Punjab Mental Hospital Lahore 1932-46 - 1932-1946
Year: 1932
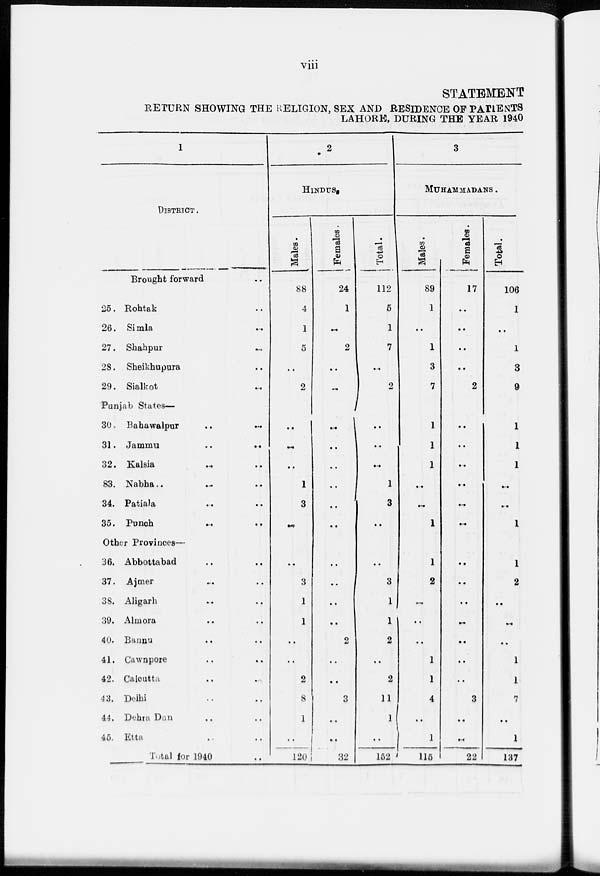
viii
STATEMENT
RETURN SHOWING THE RELIGION, SEX AND RESIDENCE OF PATIENTS
LAHORE, DURING THE YEAR 1940
1
DISTRICT .
Brought forward
25. Rohtak
26. Simla
27. Shahpur
28. Sheikhupura
29. Sialkot
Punjab States—
30
Bahawalpur
31. Jammu
32. Kalsia
83. Nabha..
34. Patiala
35. Punch
Other Provinces—
36. Abbottabad
37. Ajmer
38. Aligarh
39. Almora
40. Bannu
41. Cawnpore
42. Calcutta
43. Delhi
44. Dehra Dun
46. Etta
Total for 1940
2
HINDUS.
Males.
88
4
1
5
..
2
..
..
..
1
3
..
..
3
1
1
..
..
2
8
1
..
120
Females.
24
1
..
2
..
..
..
..
..
..
..
..
..
..
..
..
2
..
..
3
..
..
32
Total.
112
5
1
7
..
2
..
..
..
1
3
..
..
3
1
1
2
..
2
11
1
..
152
3
MUHAMMADANS .
Males.
89
1
..
1
3
7
1
1
1
..
..
1
1
2
..
..
..
1
1
4
..
1
115
Females.
17
..
..
..
..
2
..
..
..
..
..
..
..
..
..
..
..
..
..
3
..
..
22
Total.
106
1
..
1
3
9
1
1
1
..
..
1
1
2
..
..
..
1
1
7
..
1
137